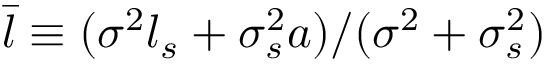
\bar { l } \equiv ( \sigma ^ { 2 } l _ { s } + \sigma _ { s } ^ { 2 } a ) / ( \sigma ^ { 2 } + \sigma _ { s } ^ { 2 } )